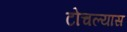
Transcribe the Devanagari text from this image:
टोचल्यास